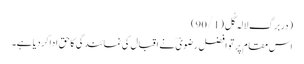
(دربرگ لالہ گُل(90/1)
اس مقام پر تو افضل رضویؔ نے اقبال کی نمائندگی کاحق اداکردیاہے۔